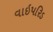
વાઇપરિડ